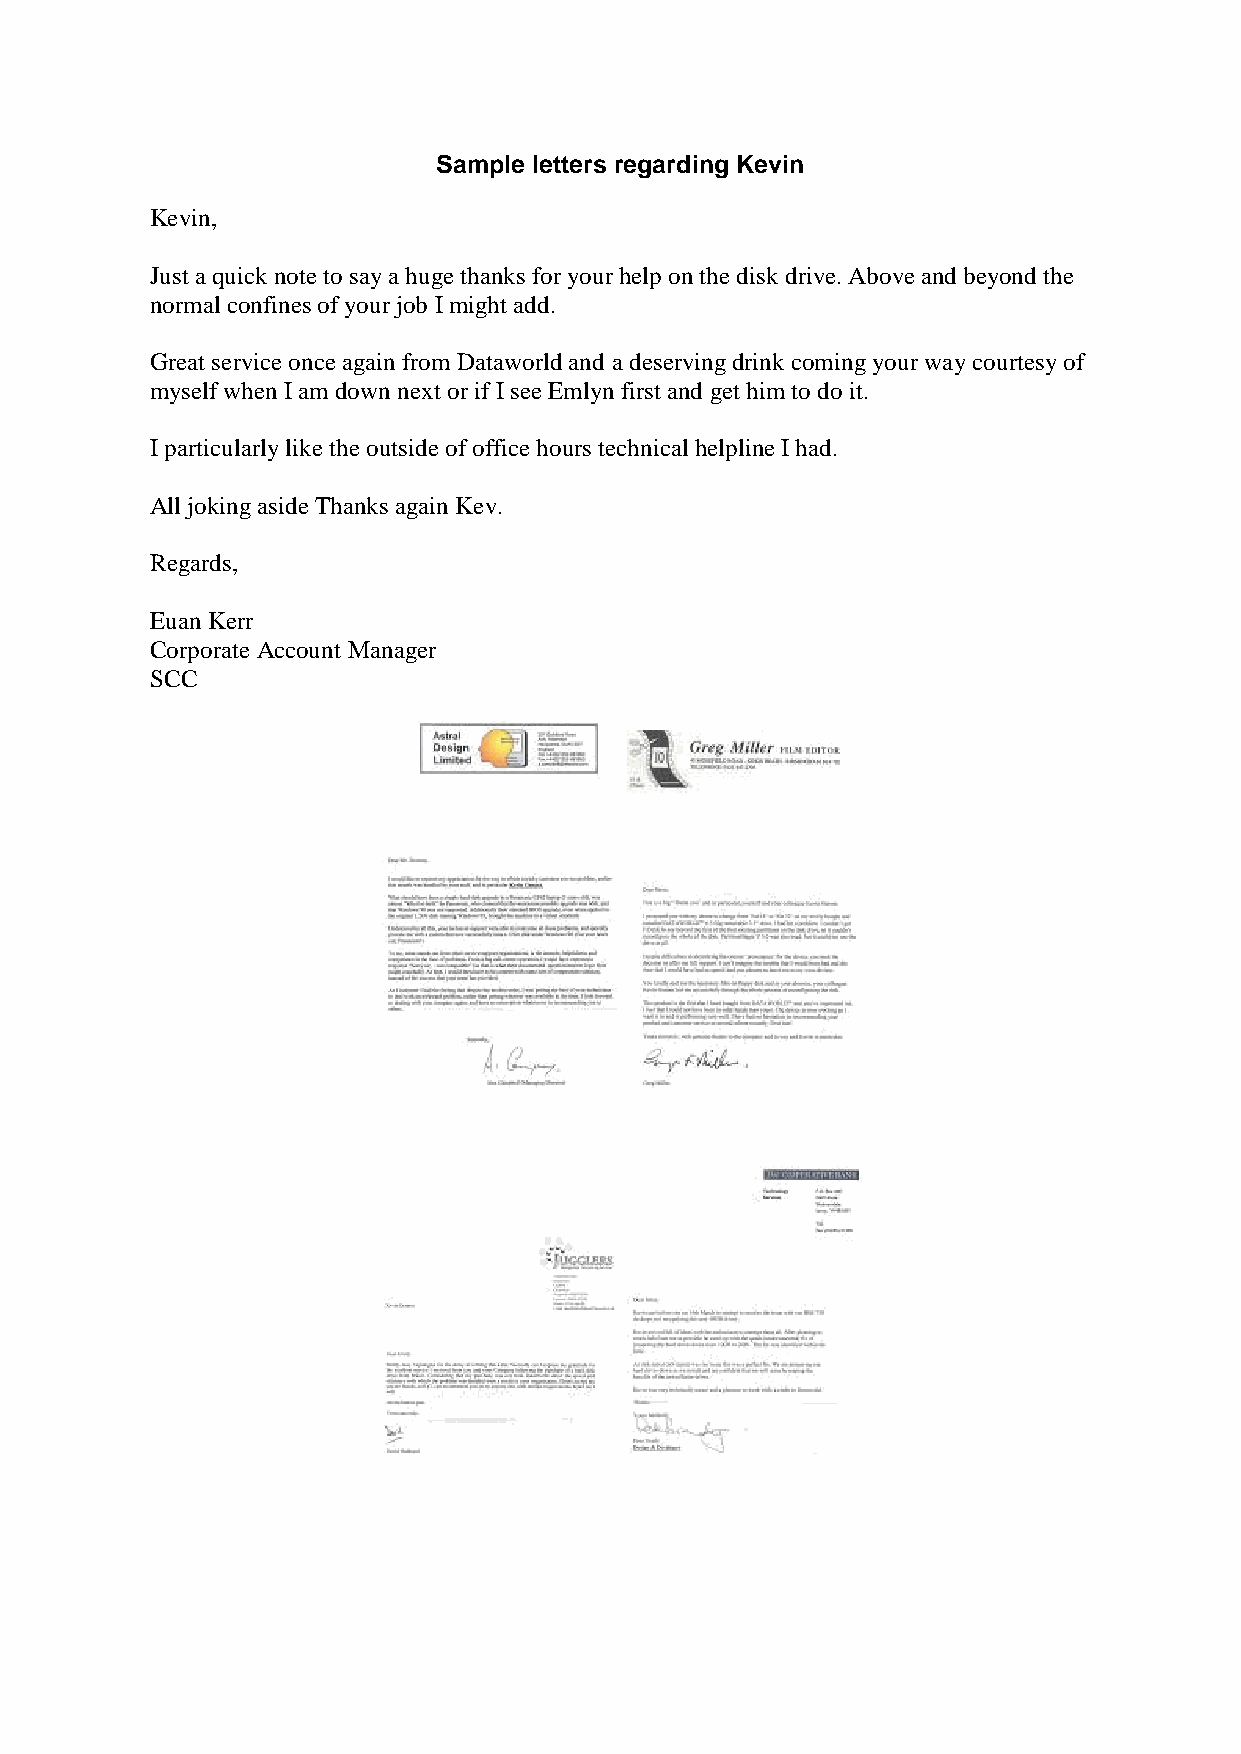
Sample letters regarding Kevin
 Kevin,
 Just a quick note to say a huge thanks for your help on the disk drive. Above and beyond the
 normal confines of your job I might add.
 Great service once again from Dataworld and a deserving drink coming your way courtesy of
 myself when I am down next or if I see Emlyn first and get him to do it.
 I particularly like the outside of office hours technical helpline I had.
 All joking aside Thanks again Kev.
 Regards,
 Euan Kerr
 Corporate Account Manager
 SCC